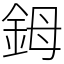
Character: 鉧